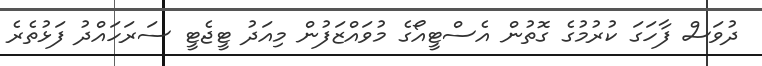
ދުވަސް ފާހަގަ ކުރުމުގެ ގޮތުން އެސްޓީއޯގެ މުވައްޒަފުން މިއަދު ޓީޖެޓީ ސަރަހައްދު ފަޅުތެރެ